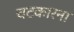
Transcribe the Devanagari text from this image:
चटकारना